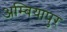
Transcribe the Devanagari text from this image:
अम्बियापुर